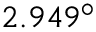
2 . 9 4 9 ^ { \circ }